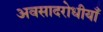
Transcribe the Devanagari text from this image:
अवसादरोधीयाँ